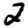
Digit: 2